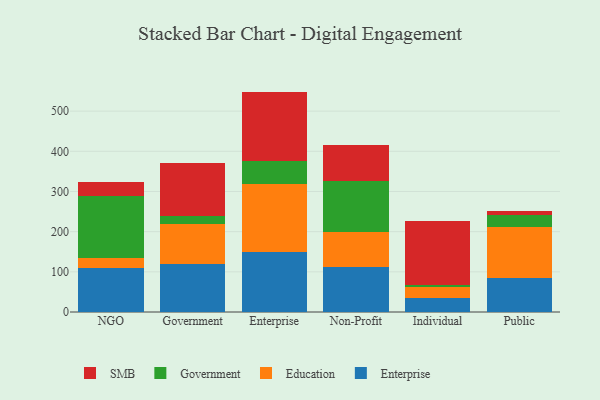
{"axis": {"x": "Segment", "y": "Latency (ms)"}, "legend": ["Education", "Enterprise", "Government", "SMB"], "data": [{"x": "NGO", "y": 110.4, "type": "Enterprise"}, {"x": "NGO", "y": 25.1, "type": "Education"}, {"x": "NGO", "y": 153.3, "type": "Government"}, {"x": "NGO", "y": 34.3, "type": "SMB"}, {"x": "Government", "y": 120.7, "type": "Enterprise"}, {"x": "Government", "y": 97.9, "type": "Education"}, {"x": "Government", "y": 21.1, "type": "Government"}, {"x": "Government", "y": 130.7, "type": "SMB"}, {"x": "Enterprise", "y": 148.3, "type": "Enterprise"}, {"x": "Enterprise", "y": 170.4, "type": "Education"}, {"x": "Enterprise", "y": 57.7, "type": "Government"}, {"x": "Enterprise", "y": 172.2, "type": "SMB"}, {"x": "Non-Profit", "y": 111.3, "type": "Enterprise"}, {"x": "Non-Profit", "y": 89.0, "type": "Education"}, {"x": "Non-Profit", "y": 125.5, "type": "Government"}, {"x": "Non-Profit", "y": 89.1, "type": "SMB"}, {"x": "Individual", "y": 34.8, "type": "Enterprise"}, {"x": "Individual", "y": 26.7, "type": "Education"}, {"x": "Individual", "y": 6.5, "type": "Government"}, {"x": "Individual", "y": 158.3, "type": "SMB"}, {"x": "Public", "y": 84.8, "type": "Enterprise"}, {"x": "Public", "y": 126.7, "type": "Education"}, {"x": "Public", "y": 29.9, "type": "Government"}, {"x": "Public", "y": 10.8, "type": "SMB"}]}